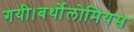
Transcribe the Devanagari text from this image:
गयी।बर्थोलोमियस